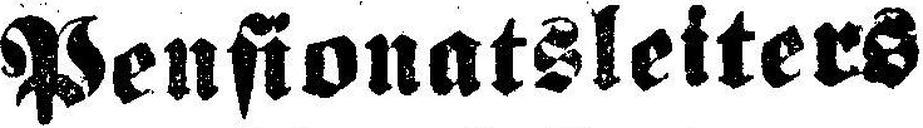
Pensionatsleiters